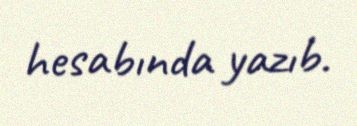
hesabında yazıb.